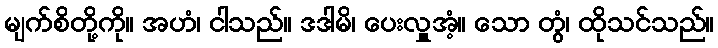
မျက်စိတို့ကို။ အဟံ၊ ငါသည်။ ဒဒါမိ၊ ပေးလှူအံ့။ သော တွံ၊ ထိုသင်သည်။